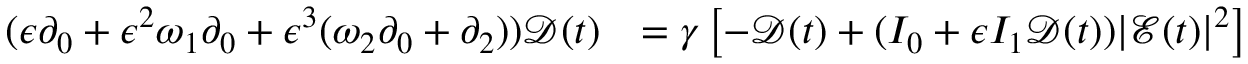
\begin{array} { r l } { ( \epsilon \partial _ { 0 } + \epsilon ^ { 2 } \omega _ { 1 } \partial _ { 0 } + \epsilon ^ { 3 } ( \omega _ { 2 } \partial _ { 0 } + \partial _ { 2 } ) ) \mathcal { D } ( t ) } & { = \gamma \left[ - \mathcal { D } ( t ) + ( I _ { 0 } + \epsilon I _ { 1 } \mathcal { D } ( t ) ) | \mathcal { E } ( t ) | ^ { 2 } \right] } \end{array}